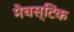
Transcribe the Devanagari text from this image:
मैचस्टिक